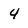
Character: 4